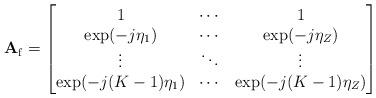
LaTeX: \begin{align*} \mathbf{A}_{\mathrm{f}}=\begin{bmatrix} 1 & \cdots & 1\\ \exp(-j\eta_1) & \cdots & \exp(-j\eta_Z)\\ \vdots & \ddots & \vdots\\ \exp(-j(K-1)\eta_1) & \cdots & \exp(-j(K-1)\eta_Z) \end{bmatrix}\end{align*}